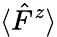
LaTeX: \langle\hat{F}^{z}\rangle